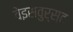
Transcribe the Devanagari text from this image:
वेइसवुर्स्ट